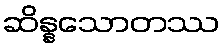
ဆိန္နသောတဿ